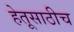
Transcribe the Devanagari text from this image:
हेतूसाठीच